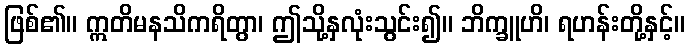
ဖြစ်၏။ ဣတိမနသိကရိတွာ၊ ဤသို့နှလုံးသွင်း၍။ ဘိက္ခူဟိ၊ ရဟန်းတို့နှင့်။